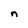
Character: n